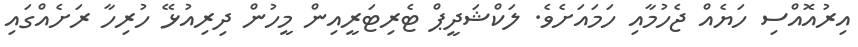
އިރުއޮއްސި ހަޔެއް ޖެހުމާއި ހަމައަށެވެ. ލަކްޝަދީޕް ޓެރިޓަރީއިން މީހުން ދިރިއުޅޭ ހުރިހާ ރަށެއްގައި